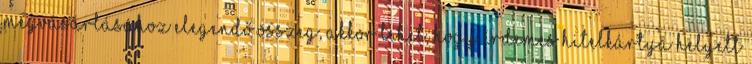
megvásárlásához elegendő összeg, akkor lehet, hogy érdemes hitelkártya helyett